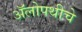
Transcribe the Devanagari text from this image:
अॅलोपथीचे